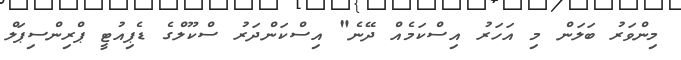
މިންވަރު ބަލަން މި އަހަރު އިސްކަމެއް ދޭނެ" އިސްކަންދަރު ސްކޫލްގެ ޑެޕިއުޓީ ޕްރިންސިޕަލް